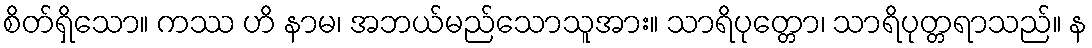
စိတ်ရှိသော။ ကဿ ဟိ နာမ၊ အဘယ်မည်သောသူအား။ သာရိပုတ္တော၊ သာရိပုတ္တရာသည်။ န